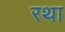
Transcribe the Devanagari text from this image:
रथा